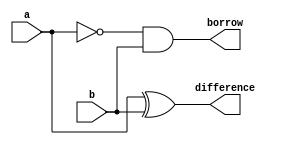
///////////////////////////////////////////
/// Design  : Half Subtractor
/// College	: Anna University, MIT campus
///////////////////////////////////////////

module Half_Subtractor(a,b,difference,borrow);
input a,b;
output difference,borrow;
assign difference = a ^ b;
assign borrow = (~a)&b;
endmodule